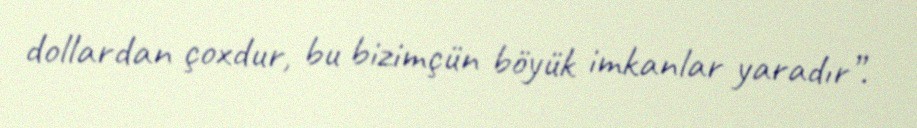
dollardan çoxdur, bu bizimçün böyük imkanlar yaradır”.